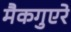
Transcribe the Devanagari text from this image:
मैकगुएरे